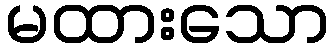
မထားသော